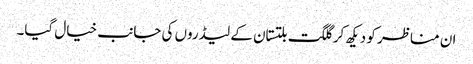
ان مناظر کو دیکھ کر گلگت بلتستان کے لیڈروں کی جانب خیال گیا۔